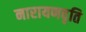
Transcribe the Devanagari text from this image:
नारायणवृति